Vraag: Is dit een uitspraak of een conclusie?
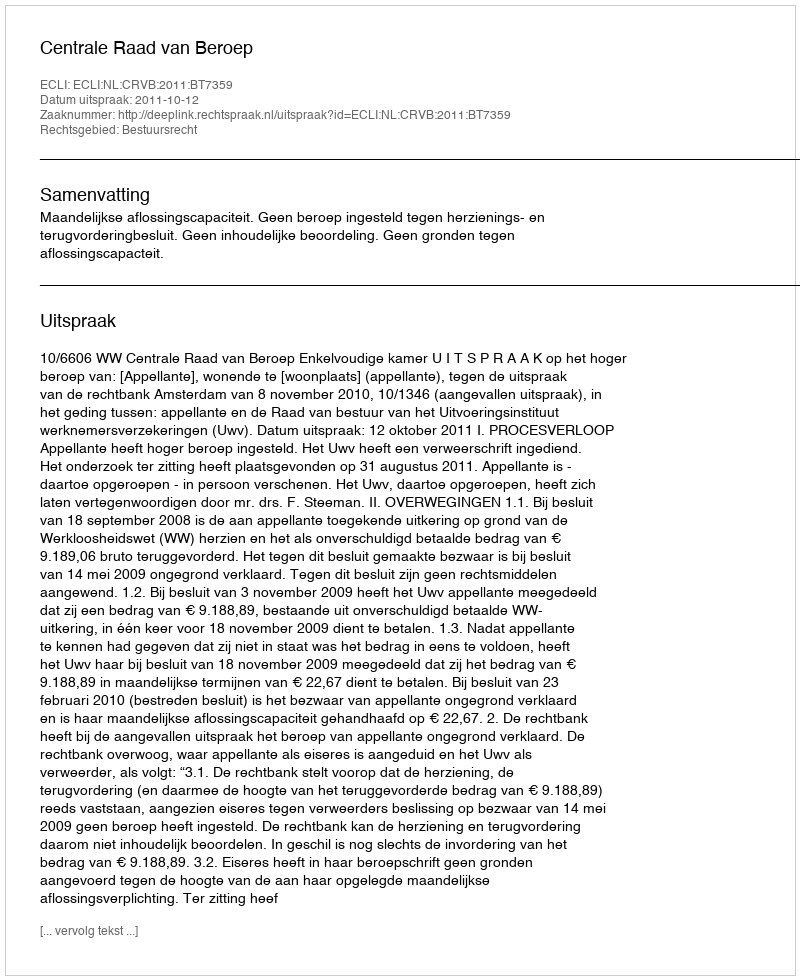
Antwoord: Uitspraak